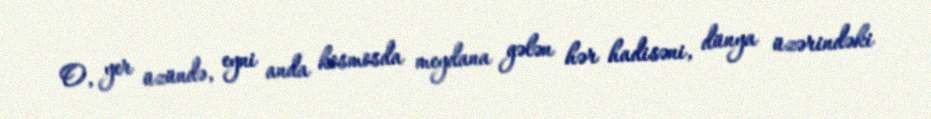
O, yer üzündə, eyni anda kosmosda meydana gələn hər hadisəni, dünya üzərindəki